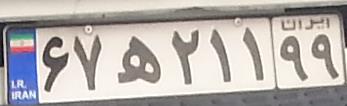
۶۷ه۲۱۱۹۹